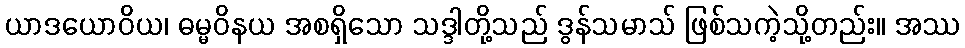
ယာဒယောဝိယ၊ ဓမ္မဝိနယ အစရှိသော သဒ္ဒါတို့သည် ဒွန်သမာသ် ဖြစ်သကဲ့သို့တည်း။ အဿ